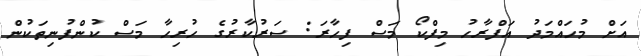
އަށް މުހައްމަދު އަފްރާހު މިފްކޯ މަސް ފިހާރަ: ސަރުކާރުގެ ހުރިހާ މަސް ކުންފުނިތަކުން